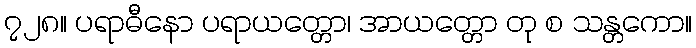
၇၂၈။ ပရာဓီနော ပရာယတ္တော၊ အာယတ္တော တု စ သန္တကော။